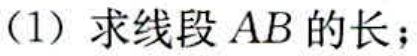
(1) 求线段 \(AB\) 的长；